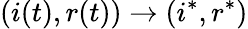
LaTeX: (i(t),r(t))\to(i^{*},r^{*})